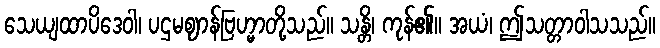
သေယျထာပိဒေဝါ၊ ပဌမဈာန်ဗြဟ္မာတို့သည်။ သန္တိ၊ ကုန်၏။ အယံ၊ ဤသတ္တာဝါသသည်။